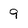
Character: 9